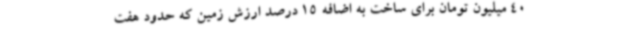
40 میلیون تومان برای ساخت به اضافه 15 درصد ارزش زمین که حدود هفت